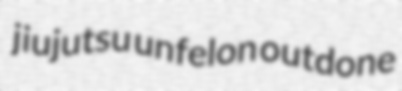
jiujutsu unfelon outdone